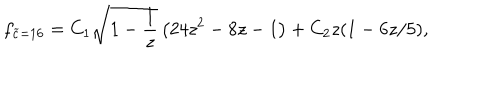
f _ { \widetilde c = 1 6 } = C _ { 1 } \sqrt { 1 - \frac { 1 } { z } } \left( 2 4 z ^ { 2 } - 8 z - 1 \right) + C _ { 2 } z ( 1 - 6 z / 5 ) ,